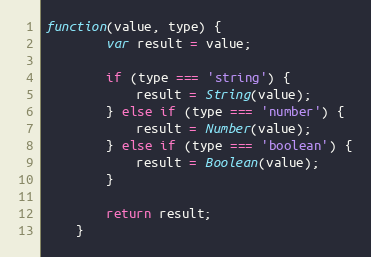
Language: JavaScript
function(value, type) {
        var result = value;

        if (type === 'string') {
            result = String(value);
        } else if (type === 'number') {
            result = Number(value);
        } else if (type === 'boolean') {
            result = Boolean(value);
        }

        return result;
    }